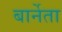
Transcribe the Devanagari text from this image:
बार्नेता